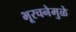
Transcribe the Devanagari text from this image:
भूरचनेमुळे